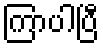
ကြာပါပြီ